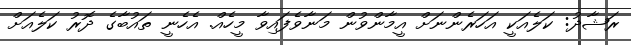
ރަޝާދު: ކަލެއަކީ އަހަރެންނަށް އީމާންވުން މަނާވެފައިވާ މީހެއް. އެހެނީ ތައުބާގެ ދޮރު ކަލެއަށް